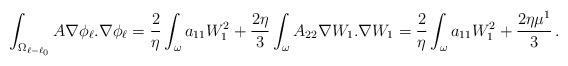
LaTeX: \begin{align*}\int_{\Omega_{\ell-\ell_0}}A\nabla \phi_\ell.\nabla\phi_\ell = \frac{2}{\eta} \int_{\omega} a_{11} W_1^2 + \frac{2\eta}{3}\int_{\omega} A_{22}\nabla W_1.\nabla W_1 = \frac{2}{\eta} \int_{\omega} a_{11} W_1^2 + \frac{2\eta\mu{}^1}{3}\,.\end{align*}